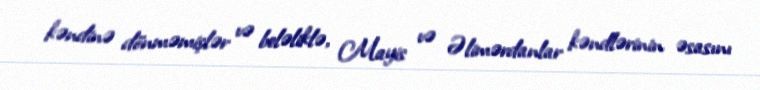
kəndinə dönməmişlər və beləliklə, Mayis və Əlimərdanlar kəndlərinin əsasını